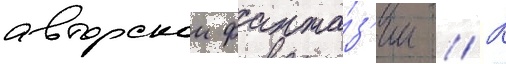
авторскои фанта́з'ии // К